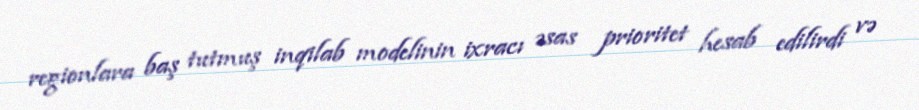
regionlara baş tutmuş inqilab modelinin ixracı əsas prioritet hesab edilirdi və